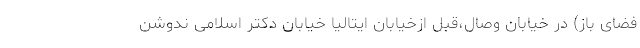
فضای باز) در خیابان وصال،قبل ازخیابان ایتالیا خیابان دکتر اسلامی ندوشن